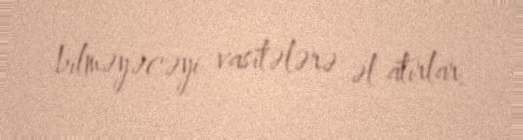
bilməyəcəyi vasitələrə əl atırlar.